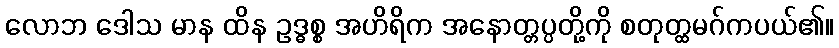
လောဘ ဒေါသ မာန ထိန ဥဒ္ဓစ္စ အဟိရိက အနောတ္တပ္ပတို့ကို စတုတ္ထမဂ်ကပယ်၏။